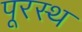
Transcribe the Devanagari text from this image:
पूरस्थ